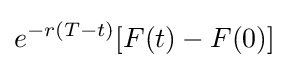
e^{-r(T-t)}[F(t)-F(0)]